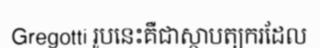
Gregotti រូបនេះគឺជាស្ថាបត្យករដែល